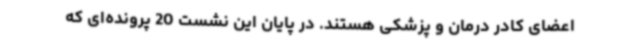
اعضای کادر درمان و پزشکی هستند. در پایان این نشست 20 پرونده‌ای که